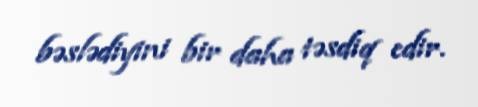
bəslədiyini bir daha təsdiq edir.